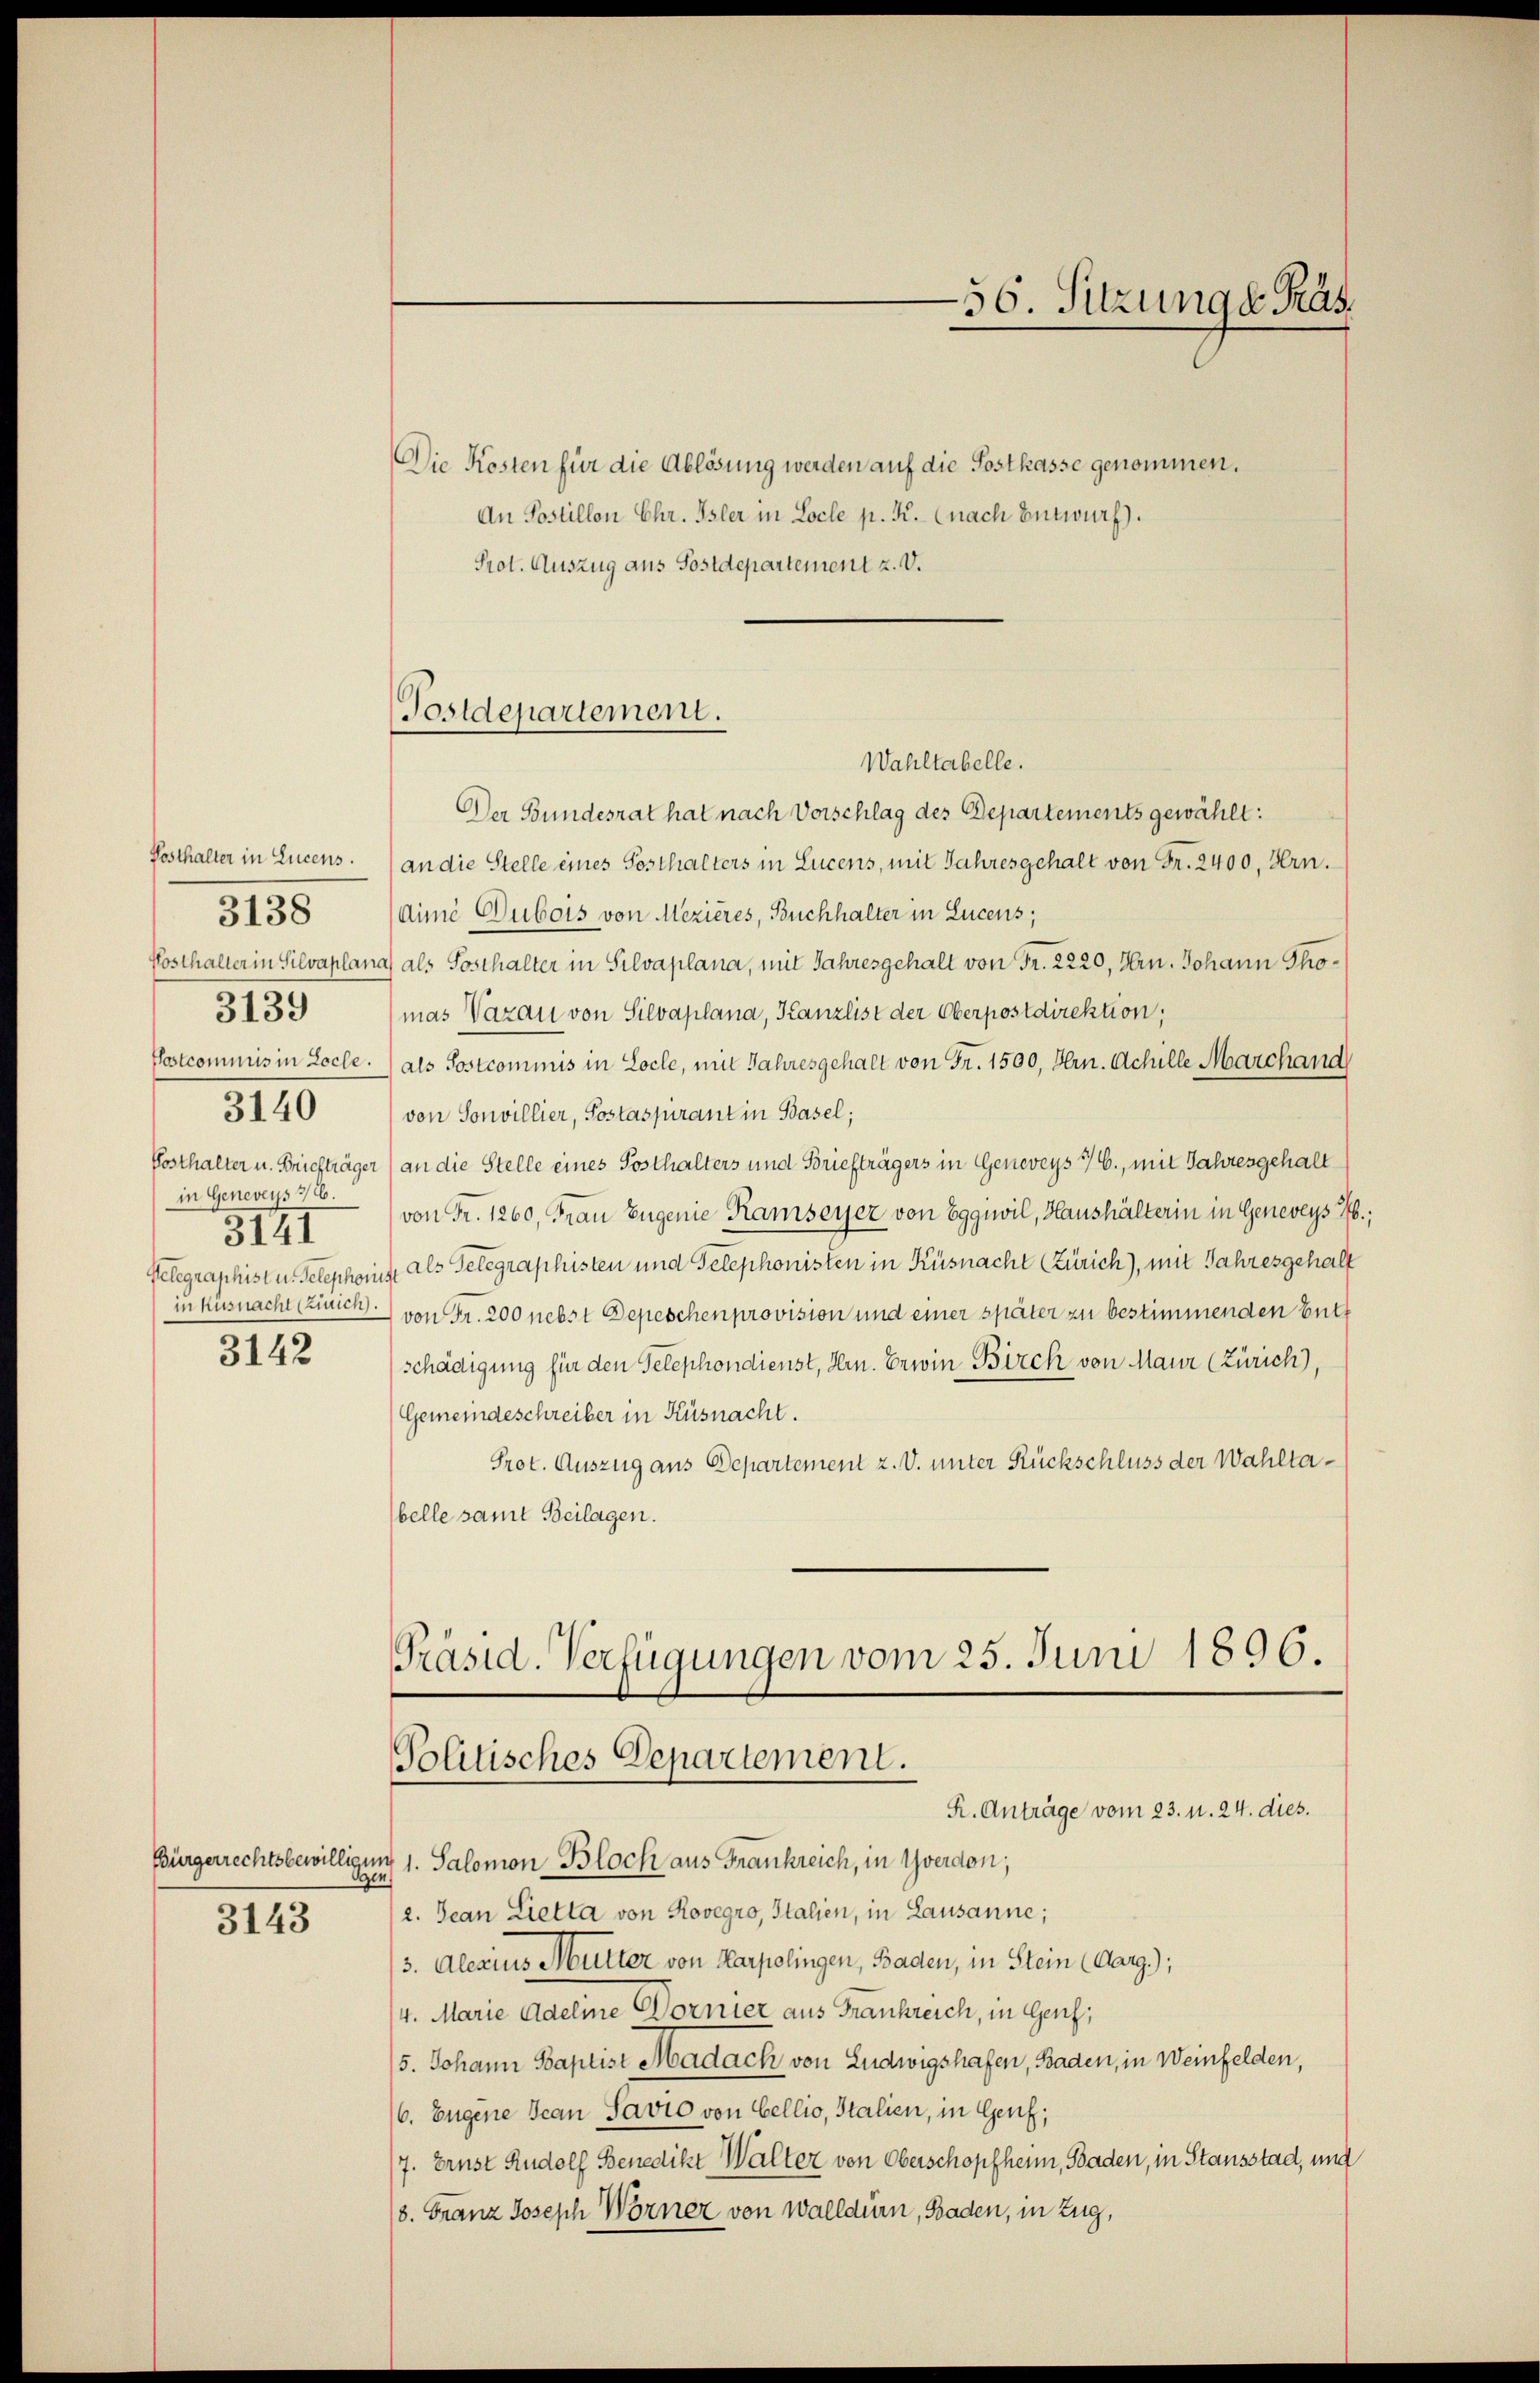
3138
3139
3140
in Geneveys 7/26.
3141
3142

3143

Wahltabelle.
Der Bundesrat hat nach Vorschlag des Departements gewählt:
Posthalter in Lucens.) an die Stelle eines Sosthalters in Lucens, mit Jahresgehalt von Fr. 2400, Hrn.
dimi Dubois von Mezières, Buchhalter in Lucens;
Posthalter in Silvaplana als Sosthalter in Silvaplana, mit Jahresgehalt von Fr. 2220, Hrn. Johann Thomas Vazau von Silvaplana, Kanzlist der Oberpostdirektion,
Postcommis in Loche. als Sostcommis in Loche, mit Jahresgehalt von Fr. 1500, Hrn. Achille Marchand
von Sonvillier, Postaspirant in Basel;
Posthalter u. Briefträger) an die Stelle eines Posthalters und Briefträgers in Geneveys 76., mit Jahresgehalt
von Fr. 1260, Frau Eugenie Ramseyer von Egguvil, Haushälterin in Geneveys Hb.;
Gelegraphist u. Telephonis als Telegraphisten und Telephonisten in Küsnacht Zürich), mit Jahresgehalt
in Küsnacht (Ziuich von Fr. 200 nebst Depeschen provision und einer später zu bestimmenden Butt
schädigung für den Telephondienst, Hrn. Erwin Birch von Maur (Zürich),
Gemeindeschreiber in Küsnacht.
Prot. Auszug aus Departement z. V. unter Rückschluss der Wahltabelle samt Beilagen.
Präsid. Verfügungen vom 25. Juni 1896.

Die Kosten für die Ablösung werden auf die Postkasse genommen.
An Postillon Chr. Isler in Locle p. K. (nach Entwurf).
Prot. Auszug aus Sostdepartement z. V.

Postdepartement.

56. Sitzung d. Präs.

Politisches Departement.
R. Anträge vom 23. u. 24. dies.

Bürgerrechtsbewilligung 1. Salomon Bloch aus Frankreich, in Yverdon;
2. Jean Lietta von Rovegro, Italien, in Lausanne;
(3. Alenius Mutter von Karpolingen, Baden, in Stein (Aarg.);
4. Marie Adelme Dornier aus Frankreich, in Genf,
/5. Johann Baptist Madach von Ludwigshafen, Baden, in Weinfelden,
/6. Eugene Jean Savio von Bellio, Stalien, in Genf;
/7. Ernst Rudolf Benedikt Walter von Oberschopfheim, Baden, in Stausstad, und
18. Franz Joseph Worner von Walldern, Baden, in Zug,